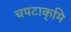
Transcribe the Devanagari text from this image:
चपटाकृमि